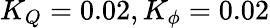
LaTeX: K_{Q}=0.02,K_{\phi}=0.02